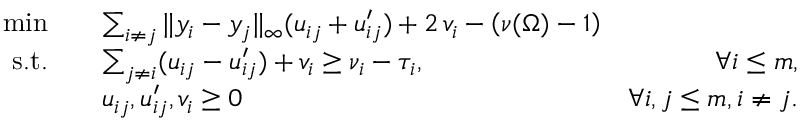
\begin{array} { r l r } { \operatorname* { m i n } \quad } & { \sum _ { i \neq j } \| y _ { i } - y _ { j } \| _ { \infty } ( u _ { i j } + u _ { i j } ^ { \prime } ) + 2 \, v _ { i } - \left( \nu ( \Omega ) - 1 \right) } \\ { \mathrm { s . t . } \quad } & { \sum _ { j \neq i } ( u _ { i j } - u _ { i j } ^ { \prime } ) + v _ { i } \geq \nu _ { i } - \tau _ { i } , } & { \forall { i \leq m } , } \\ & { u _ { i j } , u _ { i j } ^ { \prime } , v _ { i } \geq 0 } & { \forall i , j \leq m , i \not = j . } \end{array}